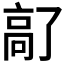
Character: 𫘵